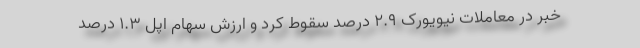
خبر در معاملات نیویورک ۲.۹ درصد سقوط کرد و ارزش سهام اپل ۱.۳ درصد